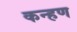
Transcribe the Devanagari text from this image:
कन्हण